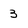
Character: 3